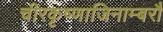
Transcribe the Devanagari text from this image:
चीरकृष्णाजिनाम्बरौ